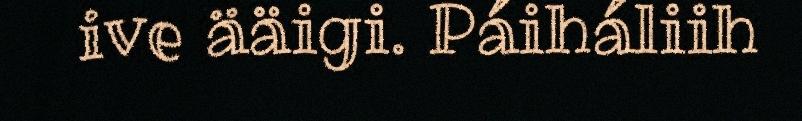
ive ääigi. Páiháliih